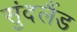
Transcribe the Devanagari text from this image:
सुंदलैंड